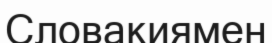
Словакиямен